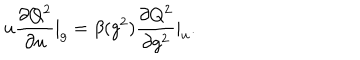
u \frac { \partial Q ^ { 2 } } { \partial u } | _ { g } = \beta ( g ^ { 2 } ) \frac { \partial Q ^ { 2 } } { \partial g ^ { 2 } } | _ { u } .